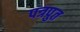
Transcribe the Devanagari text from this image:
पत्रपुत